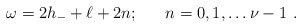
\begin{align*}\omega = 2h_- + \ell + 2n;\ \ \ \ \ n = 0,1,\ldots \nu-1\ .\end{align*}